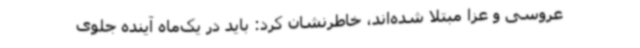
عروسی و عزا مبتلا شده‌اند، خاطرنشان کرد: باید در یک‌ماه آینده جلوی